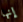
إنها